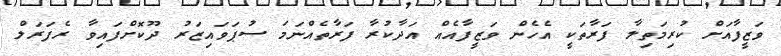
ވަޒީފާއަށް ކުރިމަތިލާ ފަރާތަކީ އެހެން ވަޒީފާއެއް އަދާކުރާ ފަރާތެއްނަމަ ސުޕަވައިޒަރު ދޫކޮށްފައިވާ ރެފަރަލް